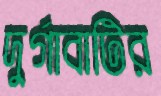
দুর্গাবাটির